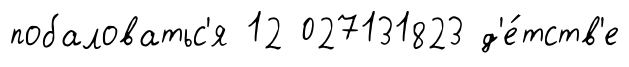
побаловатьс'я 12 027131823 д'е́тств'е